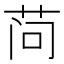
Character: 𬜬